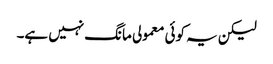
لیکن یہ کوئی معمولی مانگ نہیں ہے۔